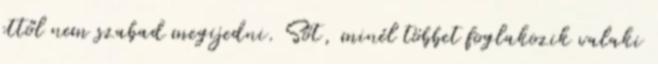
ettől nem szabad megijedni. Sőt, minél többet foglakozik valaki